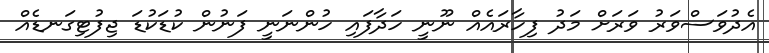
އެދުވަސްވަރު ވަރަށް މަދު ފިހާރައެއް ނޫނީ ހަދާފައި ހުންނަނީ ފަނުން ކުޑަކުޑަ ޖިފުޓިގަނޑެއް